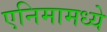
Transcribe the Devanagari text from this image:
एनिमामध्ये